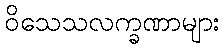
ဝိသေသလက္ခဏာများ